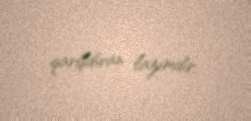
qarışdıran lazımdır.